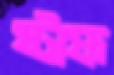
ষ্টাফ